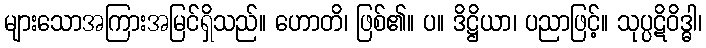
များသောအကြားအမြင်ရှိသည်။ ဟောတိ၊ ဖြစ်၏။ ပ။ ဒိဋ္ဌိယာ၊ ပညာဖြင့်။ သုပ္ပဋိဝိဒ္ဓါ၊